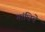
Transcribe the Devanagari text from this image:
गांधिचे